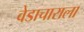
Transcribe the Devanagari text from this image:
वेडाचाराला